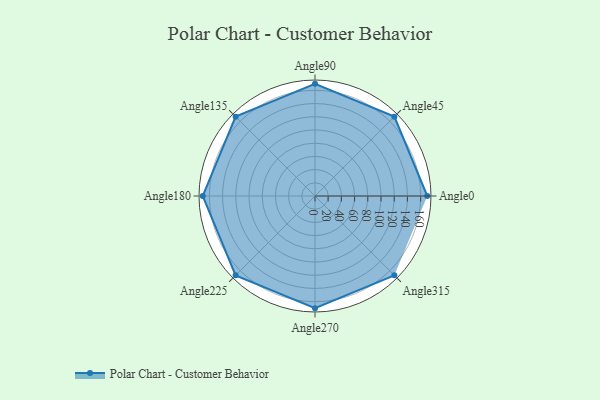
{"axis": {"x": "Angle", "y": "Radius"}, "legend": [""], "data": [{"x": "Angle0", "y": 170, "type": ""}, {"x": "Angle45", "y": 170, "type": ""}, {"x": "Angle90", "y": 170, "type": ""}, {"x": "Angle135", "y": 170, "type": ""}, {"x": "Angle180", "y": 170, "type": ""}, {"x": "Angle225", "y": 170, "type": ""}, {"x": "Angle270", "y": 170, "type": ""}, {"x": "Angle315", "y": 170, "type": ""}]}